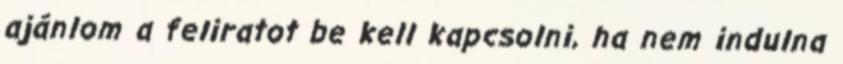
ajánlom a feliratot be kell kapcsolni, ha nem indulna